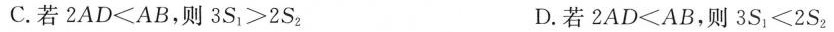
C.若 $$ 2 A D < A B$$，则 $$3 S _ { 1 } > 2 S _ { 2 }$$ D.若 $$2 A D ＜A B$$，则 $$3 S _ { 1 } ＜ 2 S _ { 2 }$$